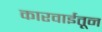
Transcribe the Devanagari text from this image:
कारवाईतून